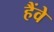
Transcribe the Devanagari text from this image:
हैंवे